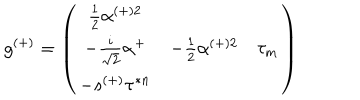
g ^ { ( + ) } = \left( \begin{array} { c c c } { { \frac { 1 } { 2 } \alpha ^ { ( + ) 2 } } } & { { } } & { { } } \\ { { - \frac { i } { \sqrt { 2 } } \alpha ^ { + } } } & { { - \frac { 1 } { 2 } \alpha ^ { ( + ) 2 } } } & { { \tau _ { m } } } \\ { { - s ^ { ( + ) } \tau ^ { * n } } } & { { } } & { { } } \\ \end{array} \right)